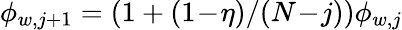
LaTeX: \phi_{w,j+1}=(1+(1\! -\! \eta)/(N\! -\! j))\phi_{w,j}